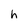
Character: h